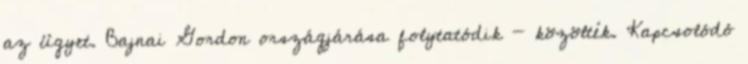
az ügyet. Bajnai Gordon országjárása folytatódik - közölték. Kapcsolódó